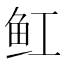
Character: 𫚉